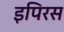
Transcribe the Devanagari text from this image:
इपिरस